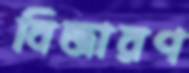
বিজারণ